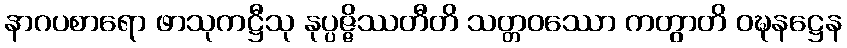
နာဂပစာရော ဖာသုကဋ္ဌီသု နုပ္ပဇ္ဇိဿတီတိ သတ္တဝဿော ကတွာတိ ဝဍ္ဎနဋ္ဌေန